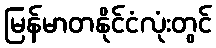
မြန်မာတနိုင်ငံလုံးတွင်